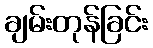
ချမ်းတုန်ခြင်း